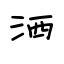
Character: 洒